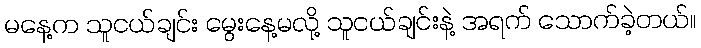
မနေ့က သူငယ်ချင်း မွေးနေ့မလို့ သူငယ်ချင်းနဲ့ အရက် သောက်ခဲ့တယ်။